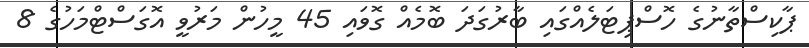
ޕާކިސްތާނުގެ ހޮސްޕިޓަލެއްގައި ބާރުގަދަ ބޮމެއް ގޮވައި 45 މީހުން މަރުވީ އޮގަސްޓްމަހުގެ 8